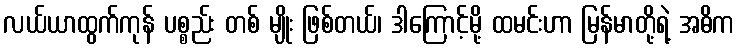
လယ်ယာထွက်ကုန် ပစ္စည်း တစ် မျိုး ဖြစ်တယ်၊ ဒါကြောင့်မို့ ထမင်းဟာ မြန်မာတို့ရဲ့ အဓိက